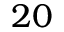
2 0